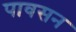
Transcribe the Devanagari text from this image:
पावसन